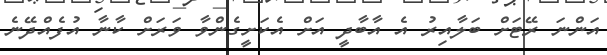
އަންނަ ރޭޓަށް ބަލާއިރު އެ އާބާދީ އަށް އެކަށީގެންވާ ވަރަށް ކާނާ އުފެއްދޭނެ